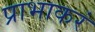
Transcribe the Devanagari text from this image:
प्राभाकरं